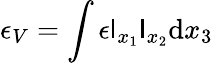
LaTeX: \epsilon_{V}=\int{\epsilon\mathsf{l}_{x_{1}}\mathsf{l}_{x_{2}}\mathrm{{d}}x_{3}}